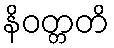
နိဝတ္တတိ